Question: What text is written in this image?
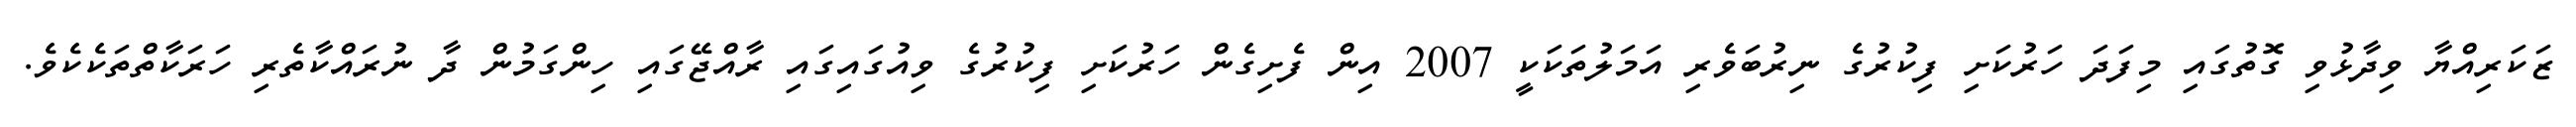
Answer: ޒަކަރިއްޔާ ވިދާޅުވި ގޮތުގައި މިފަދަ ހަރުކަށި ފިކުރުގެ ނިރުބަވެރި އަމަލުތަކަކީ 2007 އިން ފެށިގެން ހަރުކަށި ފިކުރުގެ ވިއުގައިގައި ރާއްޖޭގައި ހިންގަމުން ދާ ނުރައްކާތެރި ހަރަކާތްތަކެކެވެ.